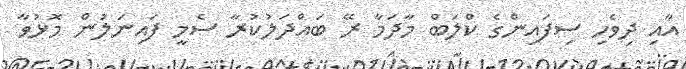
އާއި ދިވެހި ސިފައިންގެ ކްލަބް މާދަމާ ރޭ ބައްދަލުކުރާ ސެމީ ފައިނަލުން މޮޅުވާ